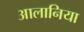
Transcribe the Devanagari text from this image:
आलानिया